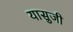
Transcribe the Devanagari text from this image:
यासुजी